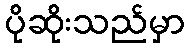
ပိုဆိုးသည်မှာ